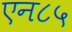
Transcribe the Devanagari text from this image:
एन८५